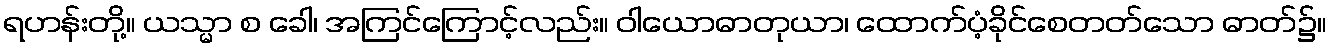
ရဟန်းတို့။ ယသ္မာ စ ခေါ၊ အကြင်ကြောင့်လည်း။ ဝါယောဓာတုယာ၊ ထောက်ပံ့ခိုင်စေတတ်သော ဓာတ်၌။